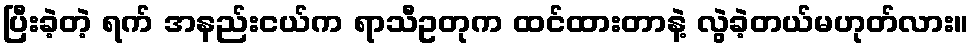
ပြီးခဲ့တဲ့ ရက် အနည်းငယ်က ရာသီဥတုက ထင်ထားတာနဲ့ လွဲခဲ့တယ်မဟုတ်လား။